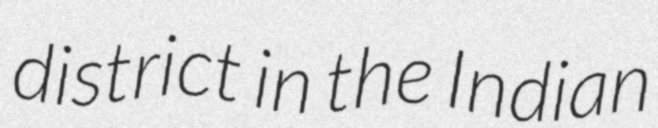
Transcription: district in the Indian